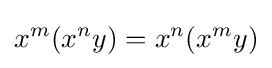
x^{m}(x^{n}y)=x^{n}(x^{m}y)